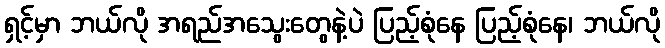
ရှင့်မှာ ဘယ်လို အရည်အသွေးတွေနဲ့ပဲ ပြည့်စုံနေ ပြည့်စုံနေ၊ ဘယ်လို